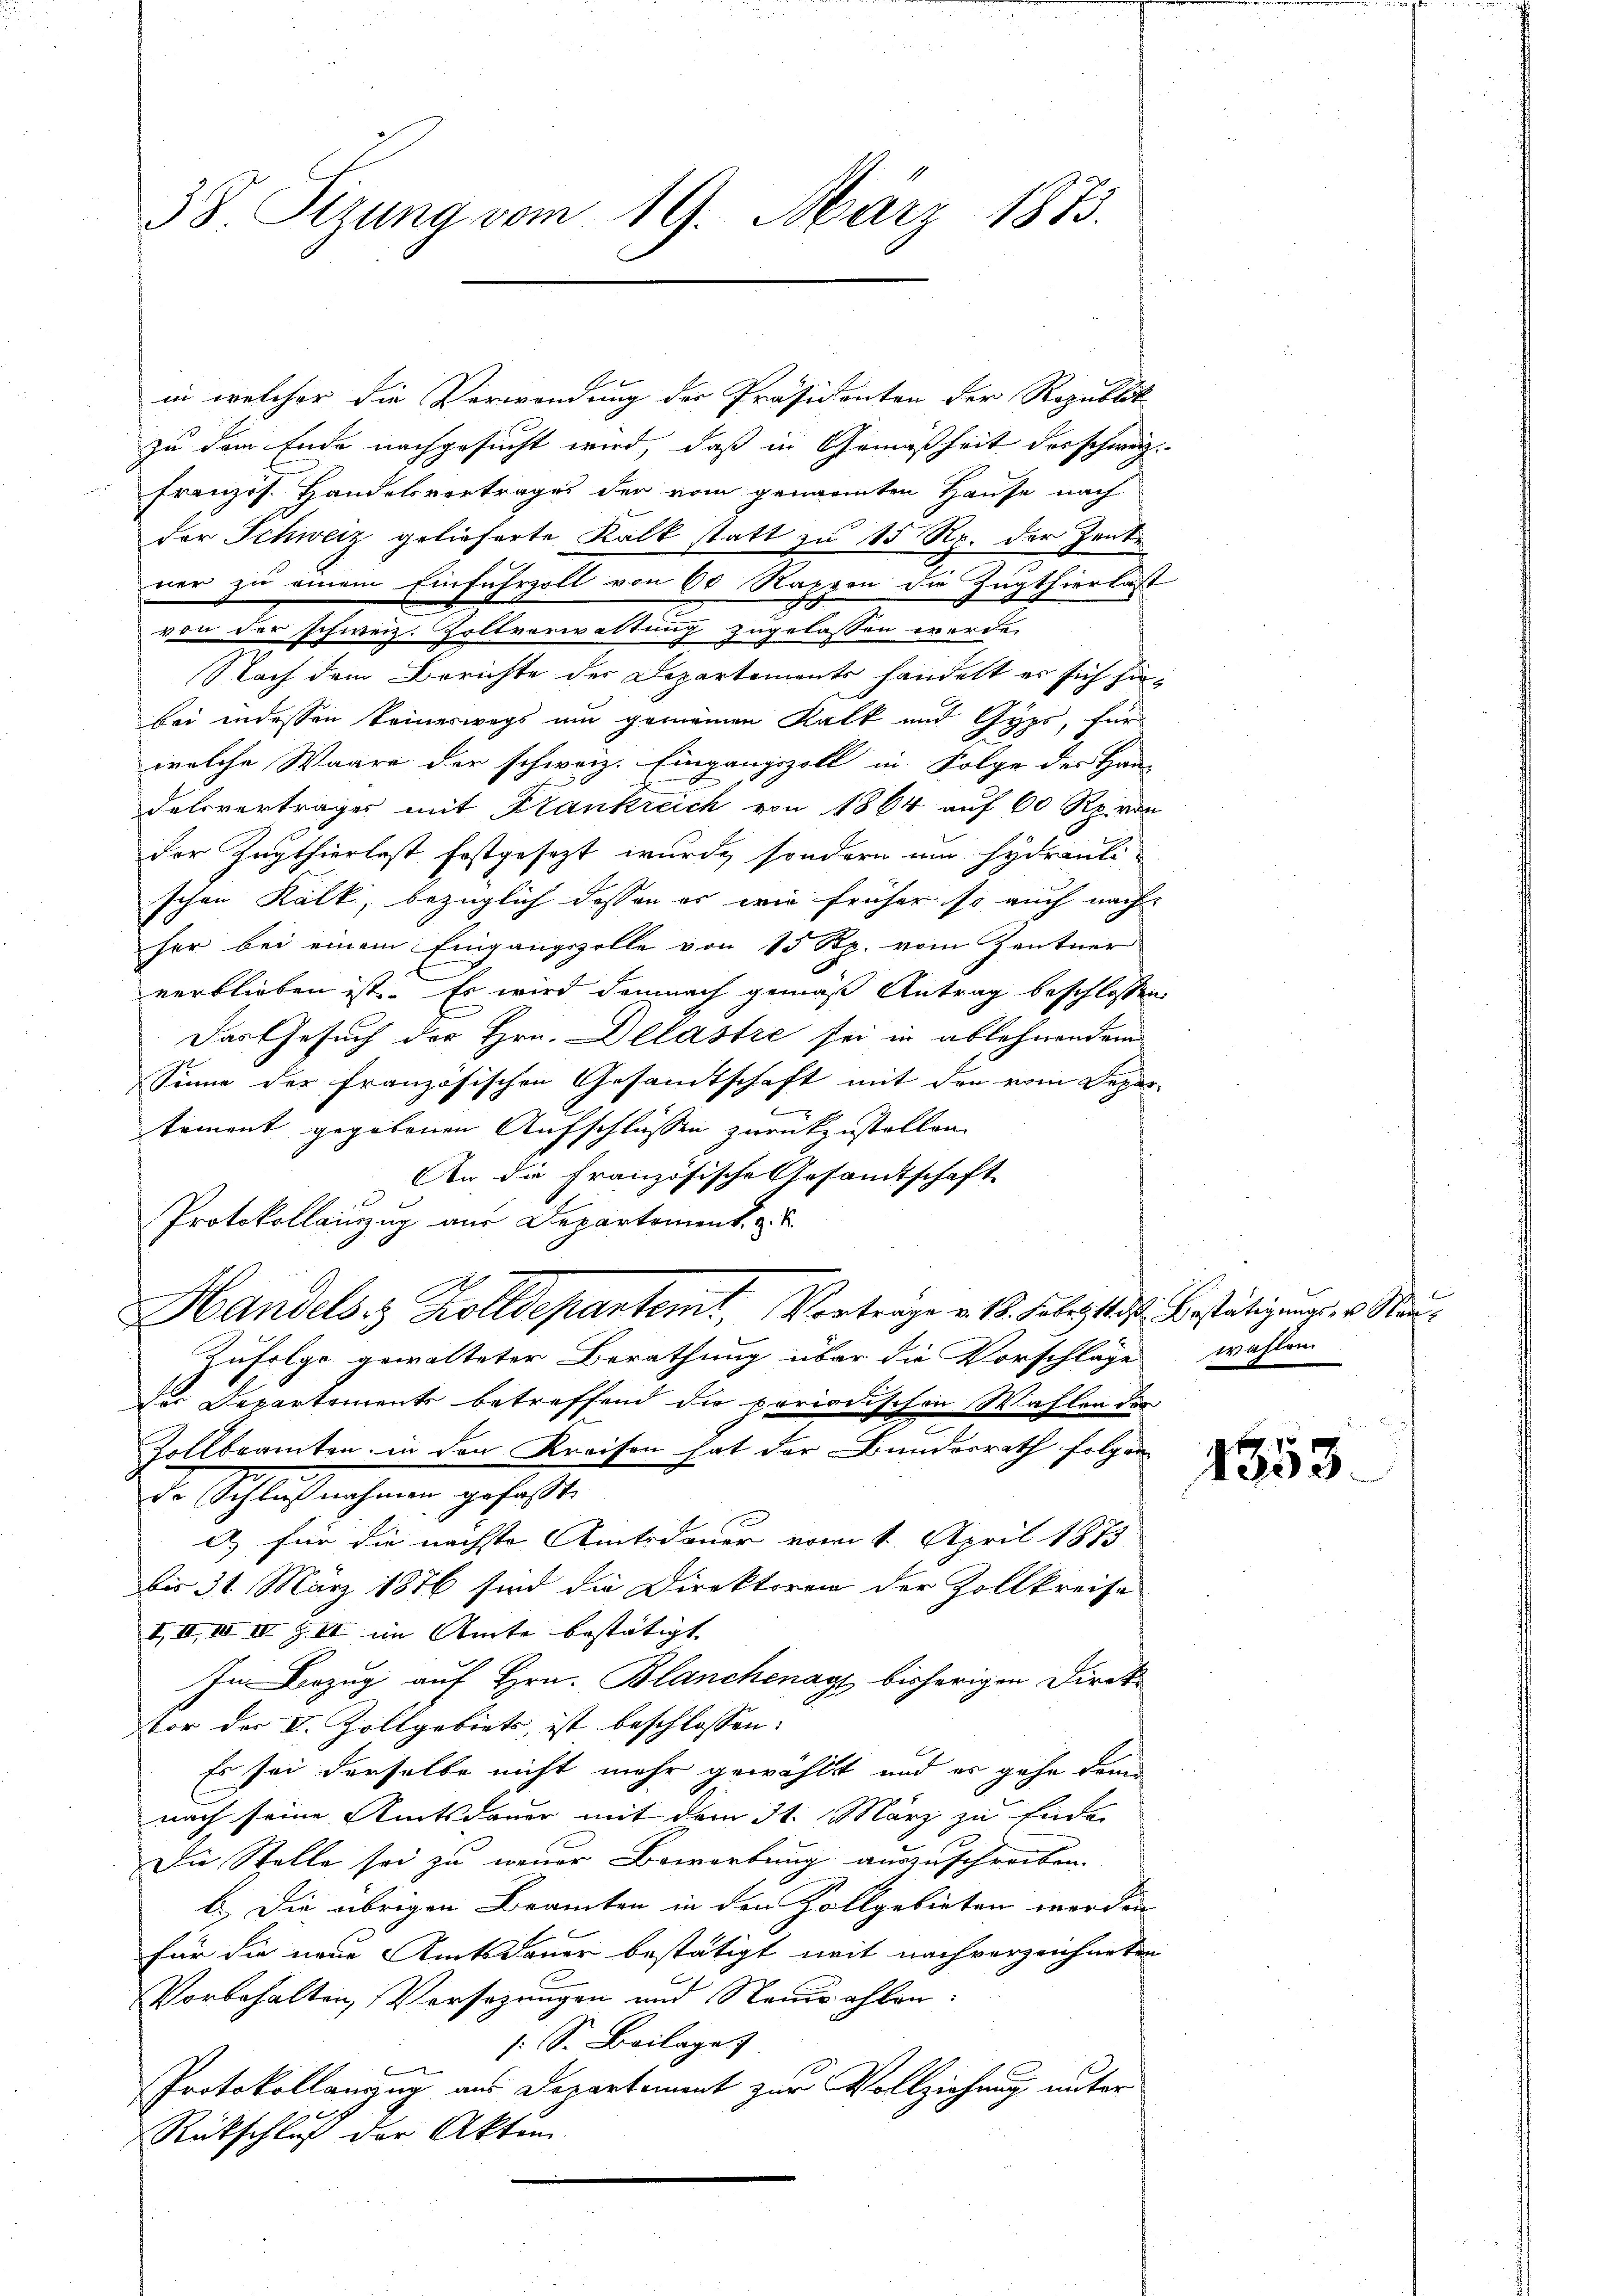
38 Sizung vom 19. März 1873.

in welcher die Verwendung der Präsidenten der Republik
zu dem Ende nachgesucht wird, daß in Gemäßheit des schweiz.
französ. Handelsvertrages der vom genannten Hause nach
der Schweiz gelieferte Kalk statt zu 15 Rp. der Zeite
ner zu einem Einfuhrzoll von 60 Rappen die Zugthierlast
von der schweiz. Zollverwaltung zugelassen werde.
Nach dem Berichte des Departements handelt es sich hiebei indessen keineswegs um gemeinen Kalk und Gyps, für
welche Waare der schweiz. Eingangszoll in Folge der Haus
delsvertrages mit Krankreich von 1864 auf 60 Rp. von
der Zugthierlost festgesetzt wurde, sondern um hydranti-
schen Kalk, bezüglich dessen es wie früher so auch nach
her bei einem Eingangszelle von 15 Rp. vom Zentner
verblieben ist. Es wird demnach gemäß Antrag beschlossen
Das Gesuch der Hrn. Delastre sei in ablehnendem
Sinne der französischen Gesamtschaft mit den vom Depar-
tement gegebenen Aufschlüssen zurückzustellen.
An die Französische Gesandtschaft
Protokollauszug aus Departement. u.
Handels 3 Zolldepartent, Vorträge v. 18. Faleztes Bestätigung, v. Kan¬
Zufolge gewalteter Berathung über die Vorschläge wahlen
Der Departements betreffend die periodischen Wahlen der
Zollbeamten, in den Kreisen hat der Bundesrath folgen
D. Schlußnahmen gefaßte
a) für die nächste Amtsdauer vom 1. April 1873
bis 31. März 1876 sind die Direktoren der Zollkreise
III, III IV S. III im Amte bestätigt. |
In Bezug auf Hrn. Blanchenage bisherigen Direk¬
Vor der V. Zollgebiets ist beschlossen:
Es sei derselbe nicht mehr gewählt, und er gehe dem
nach seine Amtsdauer mit dem St. März zu Ende
Die Stelle sei zu neuer Bewerbung auszuschreiben.
b.) Die übrigen Beamten in den Zollgebieten werden
für die neue Amtsdauer bestätigt mit nach verzeichneten
Vorbehalten, Versatzungen und Neuwahlen:
s: S. Beilage

Protokollangen aus Departement zur Vollziehung unter
Rückschluß der Akten

1353.